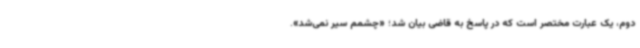
دوم، یک عبارت مختصر است که در پاسخ به قاضی بیان شد؛ «چشمم سیر نمی‌شد».